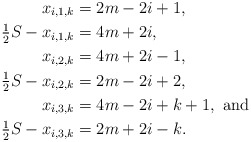
\begin{align*}x_{i,1,k} &= 2m-2i+1, \\\tfrac{1}{2} S -x_{i,1,k} &= 4m+2i, \\x_{i,2,k} &= 4m+2i-1, \\\tfrac{1}{2} S - x_{i,2,k} &= 2m-2i+2, \\x_{i,3,k} &= 4m-2i+k+1, \mbox{ and } \\\tfrac{1}{2} S - x_{i,3,k} &= 2m+2i-k. \end{align*}